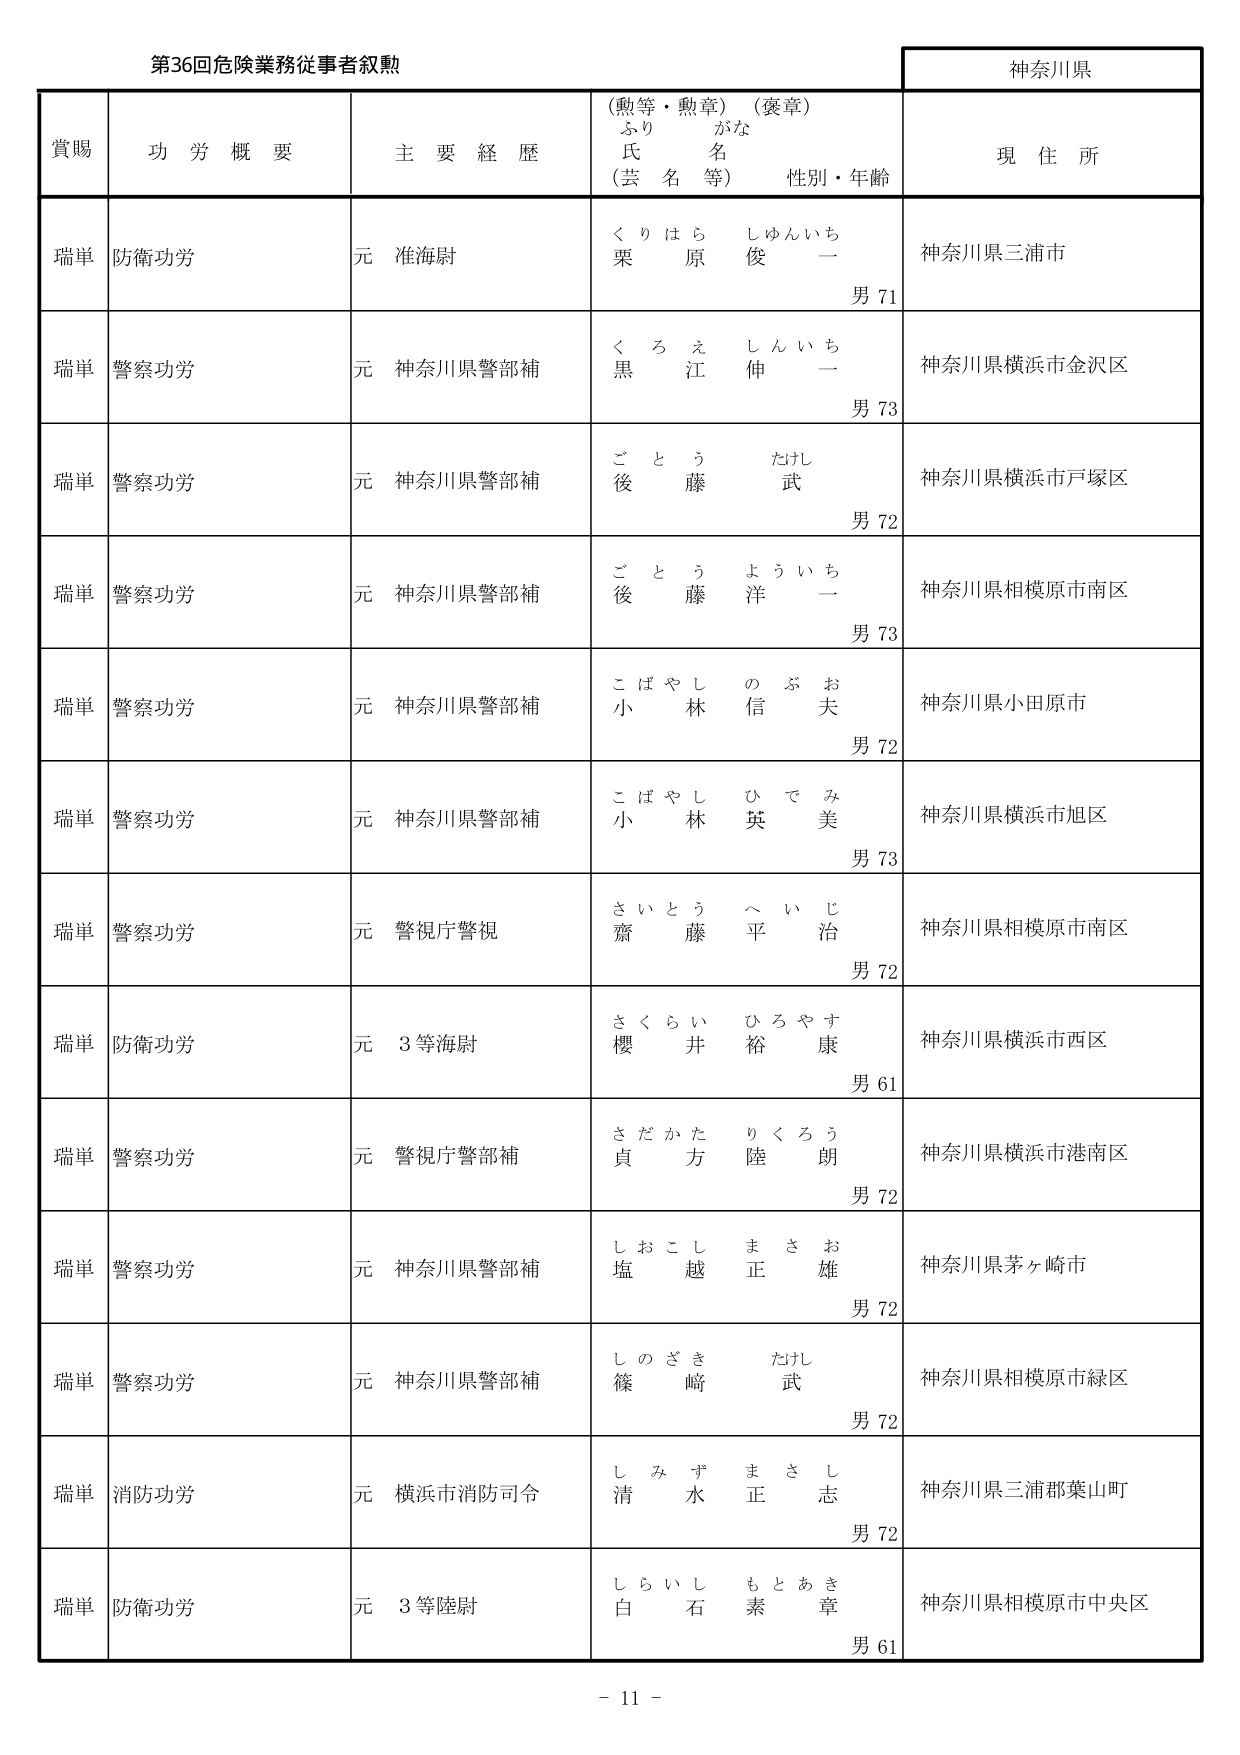
第36回危険業務従事者叙勲

神奈川県

賞賜　　功労概要　　主要経歴　　（勲等・勲章）（褒章）　　現住所
　　　　　　　　　　　　ふりがな
　　　　　　　　　　　　氏名
　　　　　　　　　　　　（芸名等）　　性別・年齢

瑞単　防衛功労　　元 准海尉　　くりはら　しゅんいち　　神奈川県三浦市
　　　　　　　　　　　　　　　　栗　原　俊　一　　男 71

瑞単　警察功労　　元 神奈川県警部補　　くろえ　しんいち　　神奈川県横浜市金沢区
　　　　　　　　　　　　　　　　　　黒　江　伸　一　　男 73

瑞単　警察功労　　元 神奈川県警部補　　ごとう　たけし　　神奈川県横浜市戸塚区
　　　　　　　　　　　　　　　　　　後　藤　武　　男 72

瑞単　警察功労　　元 神奈川県警部補　　ごとう　よういち　　神奈川県相模原市南区
　　　　　　　　　　　　　　　　　　後　藤　洋　一　　男 73

瑞単　警察功労　　元 神奈川県警部補　　こばやし　のぶお　　神奈川県小田原市
　　　　　　　　　　　　　　　　　　小　林　信　夫　　男 72

瑞単　警察功労　　元 神奈川県警部補　　こばやし　ひでみ　　神奈川県横浜市旭区
　　　　　　　　　　　　　　　　　　小　林　英　美　　男 73

瑞単　警察功労　　元 警視庁警視　　さいとう　へいじ　　神奈川県相模原市南区
　　　　　　　　　　　　　　　　　　齋　藤　平　治　　男 72

瑞単　防衛功労　　元 3等海尉　　さくらい　ひろやす　　神奈川県横浜市西区
　　　　　　　　　　　　　　　　櫻　井　裕　康　　男 61

瑞単　警察功労　　元 警視庁警部補　　さだかた　りくろう　　神奈川県横浜市港南区
　　　　　　　　　　　　　　　　　　貞　方　陸　朗　　男 72

瑞単　警察功労　　元 神奈川県警部補　　しおこし　まさお　　神奈川県茅ヶ崎市
　　　　　　　　　　　　　　　　　　塩　越　正　雄　　男 72

瑞単　警察功労　　元 神奈川県警部補　　しのざき　たけし　　神奈川県相模原市緑区
　　　　　　　　　　　　　　　　　　篠　崎　武　　男 72

瑞単　消防功労　　元 横浜市消防司令　　しみず　まさし　　神奈川県三浦郡葉山町
　　　　　　　　　　　　　　　　　　清　水　正　志　　男 72

瑞単　防衛功労　　元 3等陸尉　　しらいし　もとあき　　神奈川県相模原市中央区
　　　　　　　　　　　　　　　　白　石　素　章　　男 61

－ 11 －